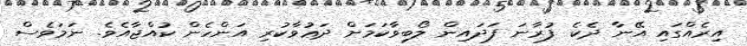
އިރެއްގައި އޭނާ ދެކެ ފުރާނަ ފަދައިން ލޯބިވާކަމަށް ދަޢުވާކުރި އަންހެން ކުއްޖާއެވެ. ނަމަވެސް